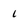
Character: 1